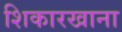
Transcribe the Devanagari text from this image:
शिकारखाना